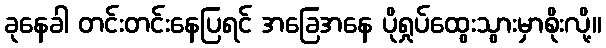
ခုနေခါ တင်းတင်းနေပြရင် အခြေအနေ ပိုရှုပ်ထွေးသွားမှာစိုးလို့။